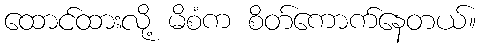
ထောင်ထားလို့ မိစံက စိတ်ကောက်နေတယ်။